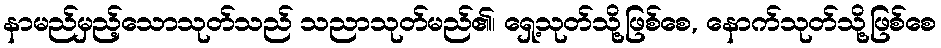
နာမည်မှည့်သောသုတ်သည် သညာသုတ်မည်၏၊ ရှေ့သုတ်သို့ဖြစ်စေ, နောက်သုတ်သို့ဖြစ်စေ